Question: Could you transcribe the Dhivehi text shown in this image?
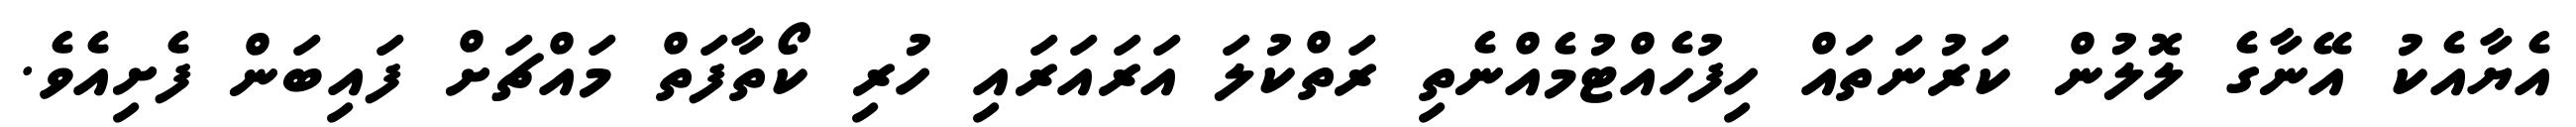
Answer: އެޔާއެކު އޭނާގެ ލޮލުން ކަރުނަތައް ހިފުހެއްޓުމެއްނެތި ރަތްކުލަ އަރައަރައި ހުރި ކޯތާފަތް މައްޗަށް ފައިބަން ފެށިއެވެ.